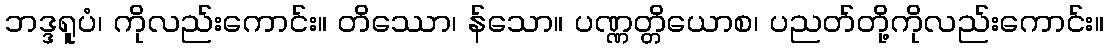
ဘဒ္ဒရူပံ၊ ကိုလည်းကောင်း။ တိဿော၊ န်သော။ ပဏ္ဏတ္တိယောစ၊ ပညတ်တို့ကိုလည်းကောင်း။